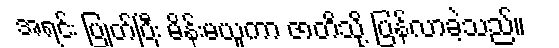
အရင်း ပြုတ်ပြီး မိန်းမယူကာ ဇာတိသို့ ပြန်လာခဲ့သည်။